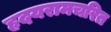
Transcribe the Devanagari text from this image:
हृदयरामचरित